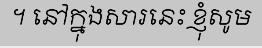
។ នៅក្នុងសារនេះ ខ្ញុំសូម